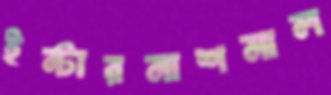
ইন্টারনাশনাল